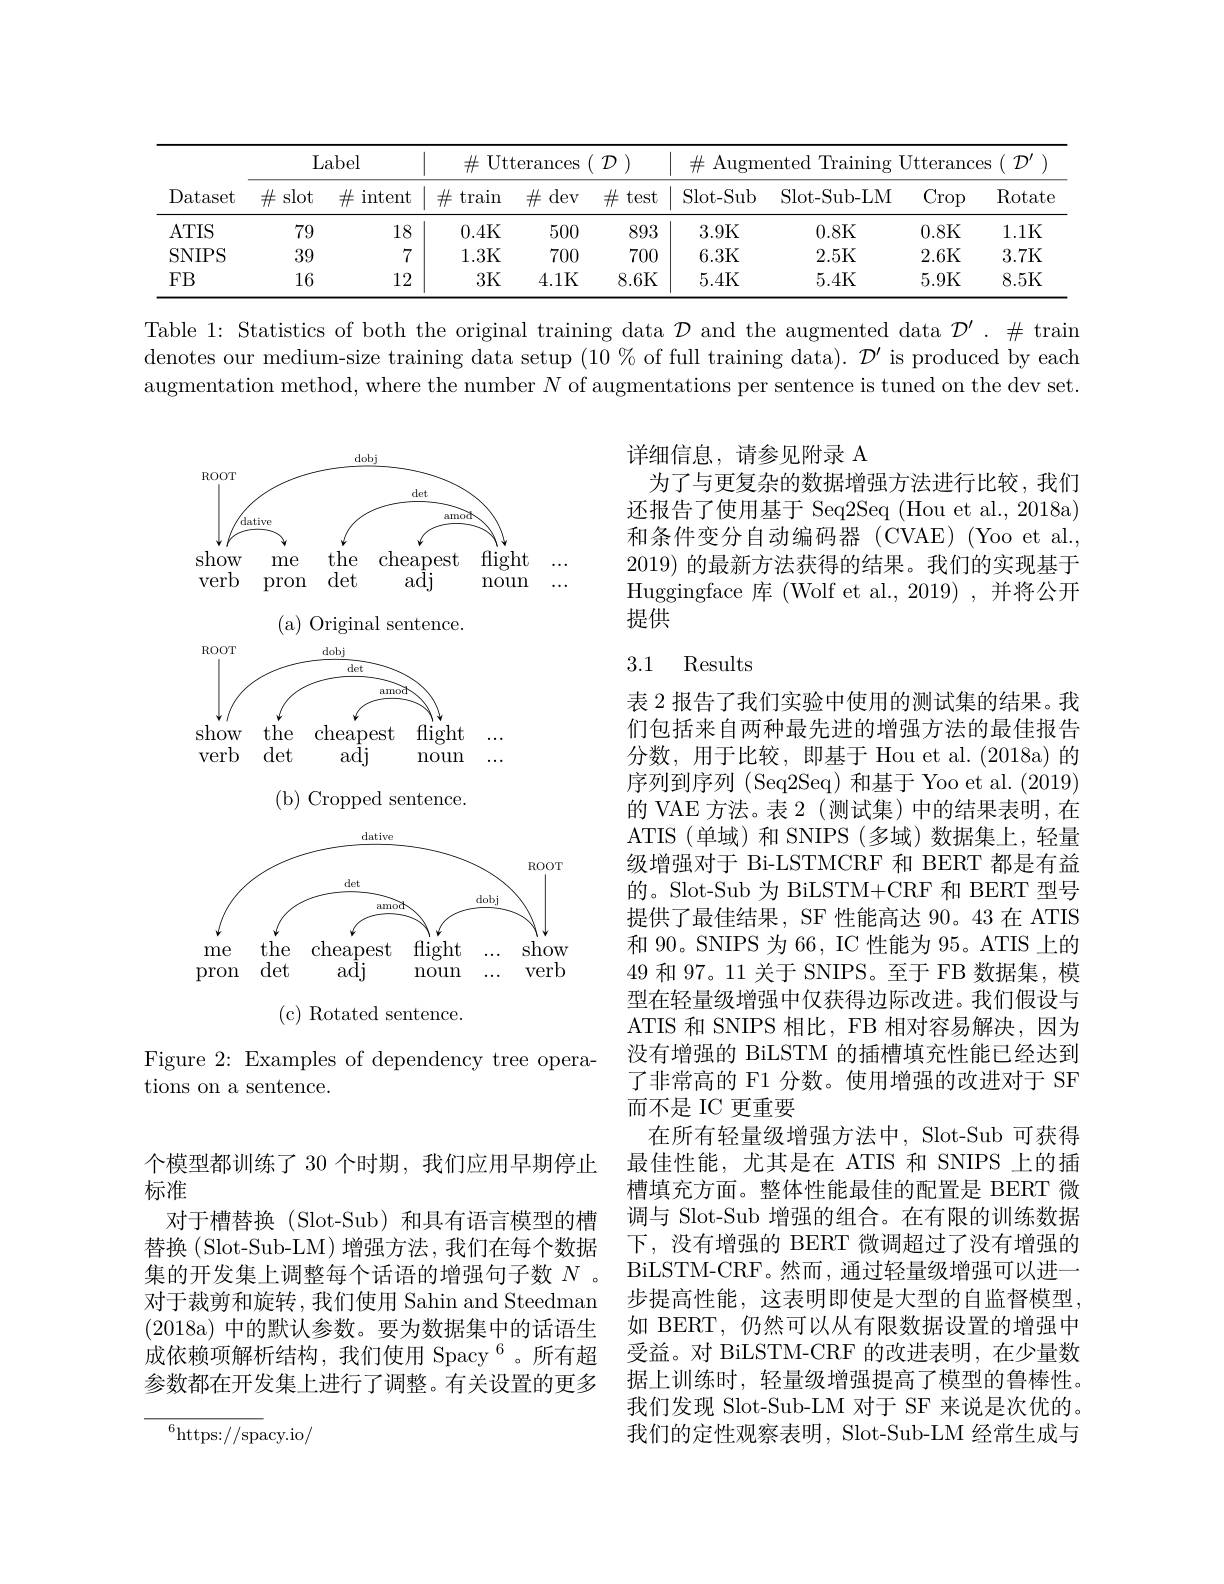
<table>
	<tbody>
		<tr>
			<th rowspan="2">Dataset</th>
			<th colspan="2">Label</th>
			<th>$\#$Ut1</th>
			<th>$\operatorname{terances}$</th>
			<th>$\mathcal{D}$ 1</th>
			<th colspan="4">$\#$ Augmented Training Utterances$(\mathcal{D}^\prime)$</th>
		</tr>
		<tr>
			<th>$\#$slot</th>
			<th>$\#$ intent</th>
			<th>井 $\tan$</th>
			<th>$\#$dev</th>
			<th>$\#$test</th>
			<th>Slot- Sub</th>
			<th>Slot-Sub-LM</th>
			<th>$\operatorname{Crop}$</th>
			<th>Rotat$\epsilon$</th>
		</tr>
		<tr>
			<td>$ATIS$</td>
			<td>79</td>
			<td>18</td>
			<td>0.4K</td>
			<td>500</td>
			<td>893</td>
			<td>3.9K</td>
			<td>0.8K</td>
			<td>0.8K</td>
			<td>1.1K</td>
		</tr>
		<tr>
			<td>SNIPS</td>
			<td>39</td>
			<td>7</td>
			<td>1.3K</td>
			<td>700</td>
			<td>700</td>
			<td>6.3K</td>
			<td>2.5K</td>
			<td>2.6K</td>
			<td>3.7K</td>
		</tr>
		<tr>
			<td>$FB$</td>
			<td>16</td>
			<td>12</td>
			<td>3K</td>
			<td>4.1K</td>
			<td>8.6K</td>
			<td>5.4K</td>
			<td>5.4K</td>
			<td>5.9K</td>
			<td>8.5K</td>
		</tr>
	</tbody>
</table>

Table 1: Statistics of both the original training data $\mathcal{D}$ and the augmented data $\mathcal{D}^\prime.\#$ train denotes our medium-size training data setup $(10\%$ of full training data). $\mathcal{D}^\prime$ is produced by each augmentation method, where the number $N$ of augmentations per sentence is tuned on the dev set.

详细信息，请参见附录 A
为了与更复杂的数据增强方法进行比较，我们还报告了使用基于 Seq2Seq (Hou et al., 2018a) 和条件变分自动编码器(CVAE)(Yooetal., 2019)的最新方法获得的结果。我们的实现基于Huggingface 库 $( Wolf et al. , 2019) , $并将公开提供

### 3.1 Results

<FigureHere>

Figure 2: Examples of dependency tree opera-
tions on a sentence.

表 2 报告了我们实验中使用的测试集的结果。我们包括来自两种最先进的增强方法的最佳报告分数，用于比较，即基于 Hou et al.(2018a)的序列到序列 (Seq2Seq) 和基于 Yoo et al.(2019) 的 VAE 方法。表 2 (测试集)中的结果表明，在ATIS (单域)和 SNIPS (多域)数据集上，轻量级增强对于 Bi-LSTMCRF 和 BERT 都是有益的。Slot-Sub 为 BiLSTM+CRF 和 BERT 型号提供了最佳结果，SF 性能高达 90。43 在 ATIS 和 90。SNIPS 为 66, IC 性能为 95。ATIS 上的49和 97。11 关于 SNIPS。至于 FB 数据集，模型在轻量级增强中仅获得边际改进。我们假设与ATIS 和 SNIPS 相比，FB 相对容易解决，因为没有增强的 BiLSTM 的插槽填充性能已经达到了非常高的 F1 分数。使用增强的改进对于 SF 而不是 IC 更重要
在所有轻量级增强方法中，Slot-Sub 可获得最佳性能，尤其是在 ATIS 和 SNIPS 上的插槽填充方面。整体性能最佳的配置是 BERT 微调与 Slot-Sub 增强的组合。在有限的训练数据下，没有增强的 BERT 微调超过了没有增强的BiLSTM- CRF。然 而 , 通 过 轻 量 级 增 强 可 以 进 一 步提高性能，这表明即使是大型的自监督模型， 如 BERT,仍然可以从有限数据设置的增强中受益。对 BiLSTM-CRF 的改进表明，在少量数据上训练时，轻量级增强提高了模型的鲁棒性。我们发现 Slot-Sub-LM 对于 SF 来说是次优的。我们的定性观察表明，Slot-Sub-LM 经常生成与

个模型都训练了 30 个时期，我们应用早期停止
标准
对于槽替换(Slot-Sub)和具有语言模型的槽替换(Slot-Sub-LM)增强方法，我们在每个数据集的开发集上调整每个话语的增强句子数$N$ 。对于裁剪和旋转，我们使用 Sahin and Steedman (2018a) 中的默认参数。要为数据集中的话语生成依赖项解析结构，我们使用 Spacy$^{6}$。所有超参数都在开发集上进行了调整。有关设置的更多
$$\overline{^6\text{https://spacy.io}/}$$